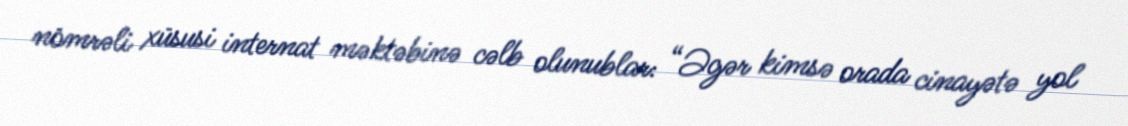
nömrəli xüsusi internat məktəbinə cəlb olunublar: “Əgər kimsə orada cinayətə yol